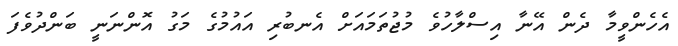
އެހެންވީމާ ދެން އޭނާ އިސްލާހުވެ މުޖުތަމައަށް އެނބުރި އައުމުގެ މަގު އޮންނަނީ ބަންދުވެފަ